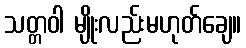
သတ္တဝါ မျိုးလည်းမဟုတ်ချေ။